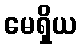
မေရှိယ